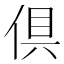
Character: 倶